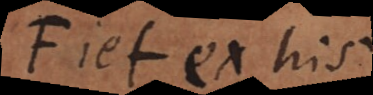
Fiet ex his